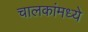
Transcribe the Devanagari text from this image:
चालकांमध्ये